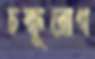
চক্ষূরোগ